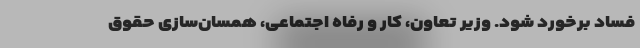
فساد برخورد شود. وزیر تعاون، کار و رفاه اجتماعی، همسان‌سازی حقوق